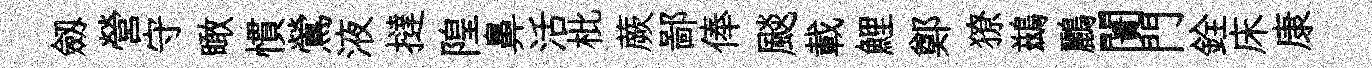
劔營守瞰慣鶯液撻隍鼻活枇蕨鄙俸颷載鯉鄭獠鷀鸝闠門銓床康